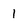
Character: 1